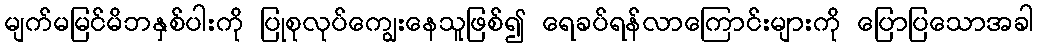
မျက်မမြင်မိဘနှစ်ပါးကို ပြုစုလုပ်ကျွေးနေသူဖြစ်၍ ရေခပ်ရန်လာကြောင်းများကို ပြောပြသောအခါ